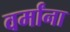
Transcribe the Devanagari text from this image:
वर्मांना